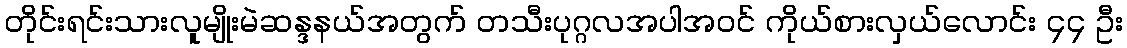
တိုင်းရင်းသားလူမျိုးမဲဆန္ဒနယ်အတွက် တသီးပုဂ္ဂလအပါအဝင် ကိုယ်စားလှယ်လောင်း ၄၄ ဦး